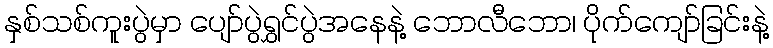
နှစ်သစ်ကူးပွဲမှာ ပျော်ပွဲရွှင်ပွဲအနေနဲ့ ဘောလီဘော၊ ပိုက်ကျော်ခြင်းနဲ့